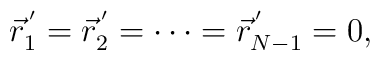
\vec r_1^{\, '}=\vec r_2^{\, '}=\cdots=\vec r_{N-1}^{\, '}=0 ,